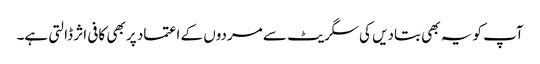
آپ کو یہ بھی بتادیں کی سگریٹ سے مردوں کے اعتماد پر بھی کافی اثر ڈالتی ہے۔